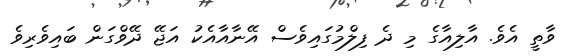
ވާތީ އެވެ. އާލިއާގެ މި ދެ ފިލްމުގައިވެސް އޭނާއާއެކު އަޖޭ ދޭވްގަން ބައިވެރިވެ